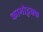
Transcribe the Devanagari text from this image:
कामोद्भवक